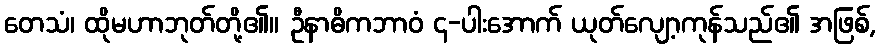
တေသံ၊ ထိုမဟာဘုတ်တို့၏။ ဦနာဓိကဘာဝံ ၄-ပါးအောက် ယုတ်လျော့ကုန်သည်၏ အဖြစ်,